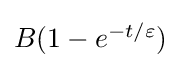
{\textstyle B(1-e^{-t/\varepsilon })}